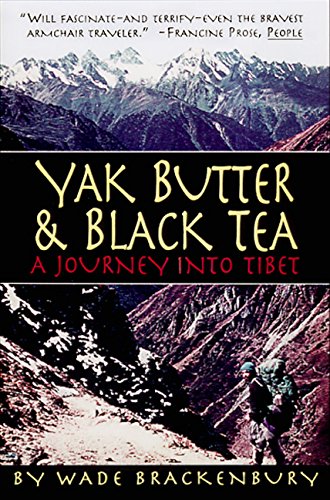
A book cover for Yak Butter & Black Tea: A Journey into Tibet; Wade Brackenbury; Travel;